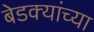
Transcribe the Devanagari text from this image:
बेडक्यांच्या